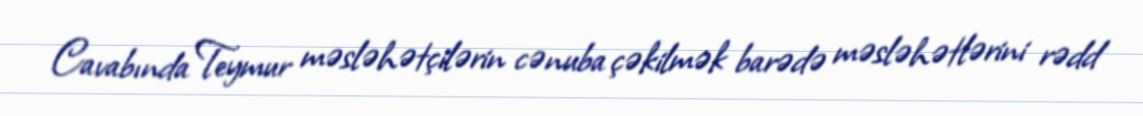
Cavabında Teymur məsləhətçilərin cənuba çəkilmək barədə məsləhətlərini rədd